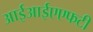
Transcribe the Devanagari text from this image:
आईआईएएफटी